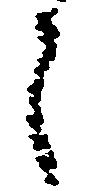
々